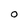
Character: 0